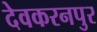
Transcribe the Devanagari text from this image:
देवकरनपुर